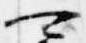
可